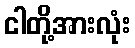
ငါတို့အားလုံး